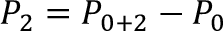
P _ { 2 } = P _ { 0 + 2 } - P _ { 0 }